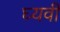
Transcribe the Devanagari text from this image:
घ्यवी